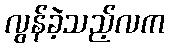
လွန်ခဲ့သည့်လက